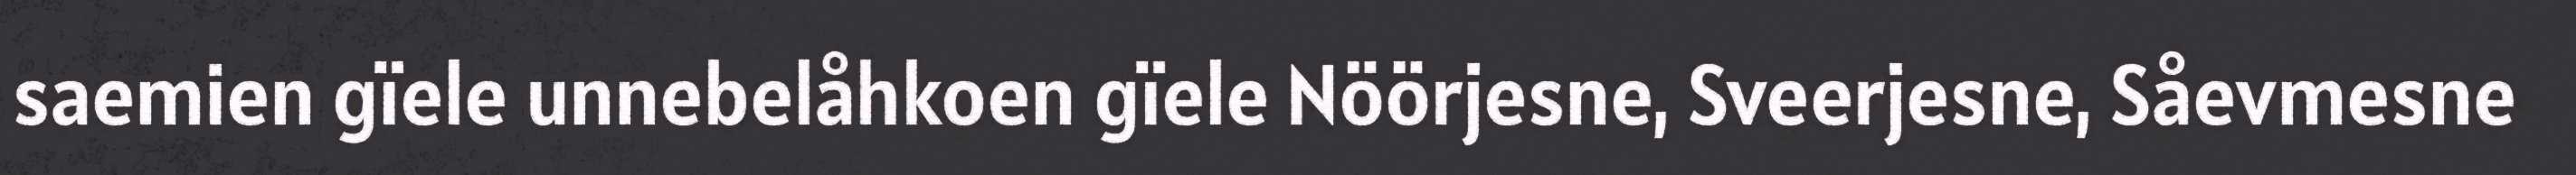
saemien gïele unnebelåhkoen gïele Nöörjesne, Sveerjesne, Såevmesne